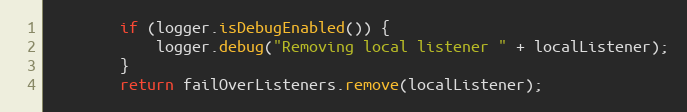
Language: Java
		if (logger.isDebugEnabled()) {
			logger.debug("Removing local listener " + localListener);
		}
		return failOverListeners.remove(localListener);